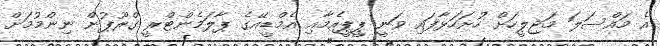
އެ މައްސަލަ މަޖިލީހަށް ހުށަހަޅާފައި ވަނީ ޕީޕީއެމާއި އެމްޑީއޭގެ ޕާލަމެންޓްރީ ގްރޫޕުން ނިންމުމަށް